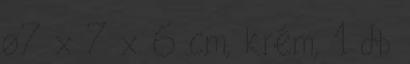
ø7 x 7 x 6 cm, krém, 1 db